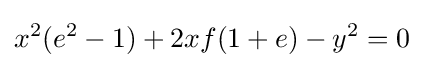
x^{2}(e^{2}-1)+2xf(1+e)-y^{2}=0